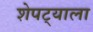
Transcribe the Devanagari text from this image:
शेपट्याला